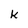
Character: k